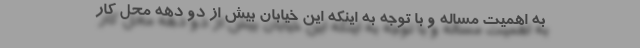
به اهمیت مساله و با توجه به اینکه این خیابان بیش از دو دهه محل کار